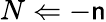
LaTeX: N\Leftarrow-\mathsf{n}